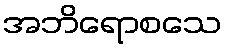
အဘိရောစသေ